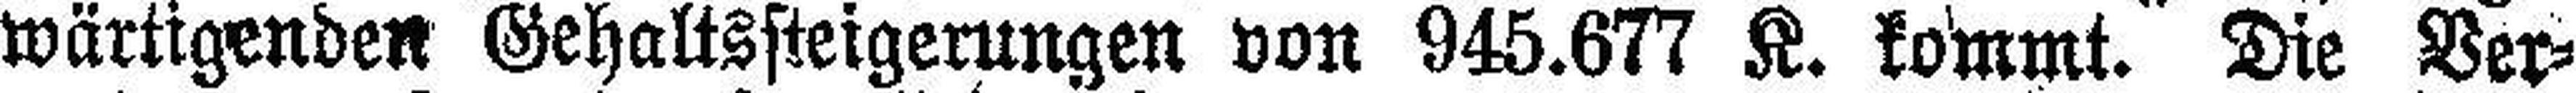
wärtigenden Gehaltssteigerungen von 945.677 K. kommt. Die Ver¬